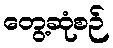
တွေ့ဆုံစဉ်